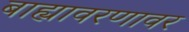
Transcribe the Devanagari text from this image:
बाह्यावरणावर